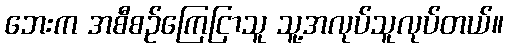
ဘေးက အစီစဉ်ကြေငြာသူ သူ့အလုပ်သူလုပ်တယ်။